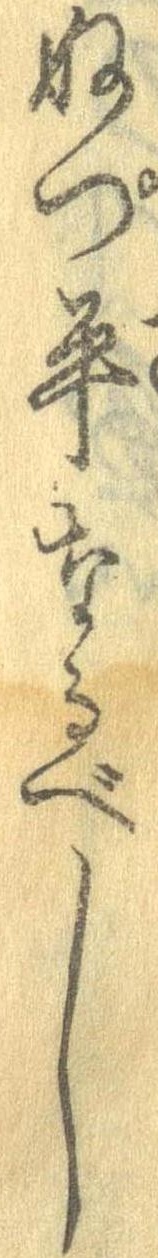
ぬ平なるべし